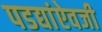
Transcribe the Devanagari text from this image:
पडद्यांऐवजी